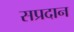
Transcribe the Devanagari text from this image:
सप्रदान